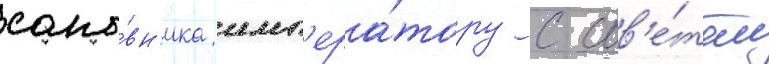
сано́вн'ика имп'ера́тору с сов'е́том